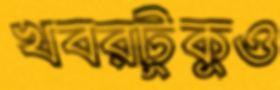
খবরটুকুও